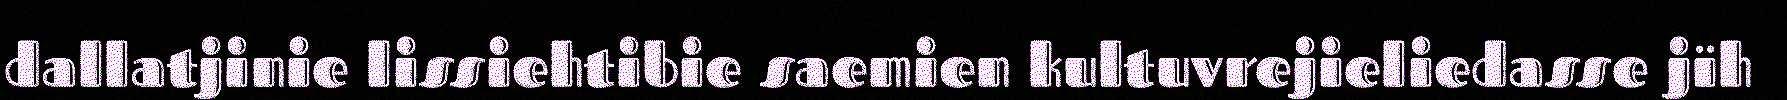
dallatjinie lissiehtibie saemien kultuvrejieliedasse jïh